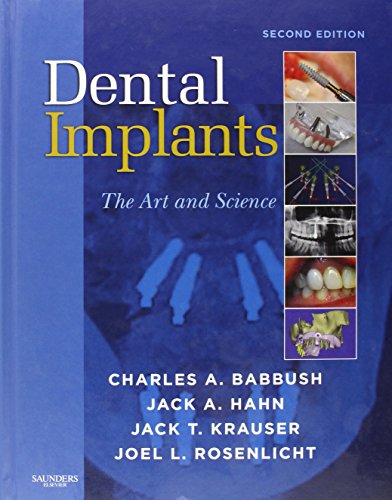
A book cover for Dental Implants: The Art and Science, 2e; Charles A. Babbush DDS  MScD; Medical Books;